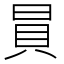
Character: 𧴴